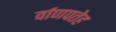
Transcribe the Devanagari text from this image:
र्वाणपतेह